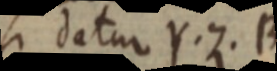
si datur Y. Z. B